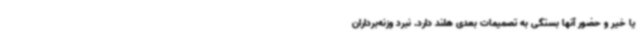
یا خیر و حضور آنها بستگی به تصمیمات بعدی هلند دارد. نبرد وزنه‌برداران